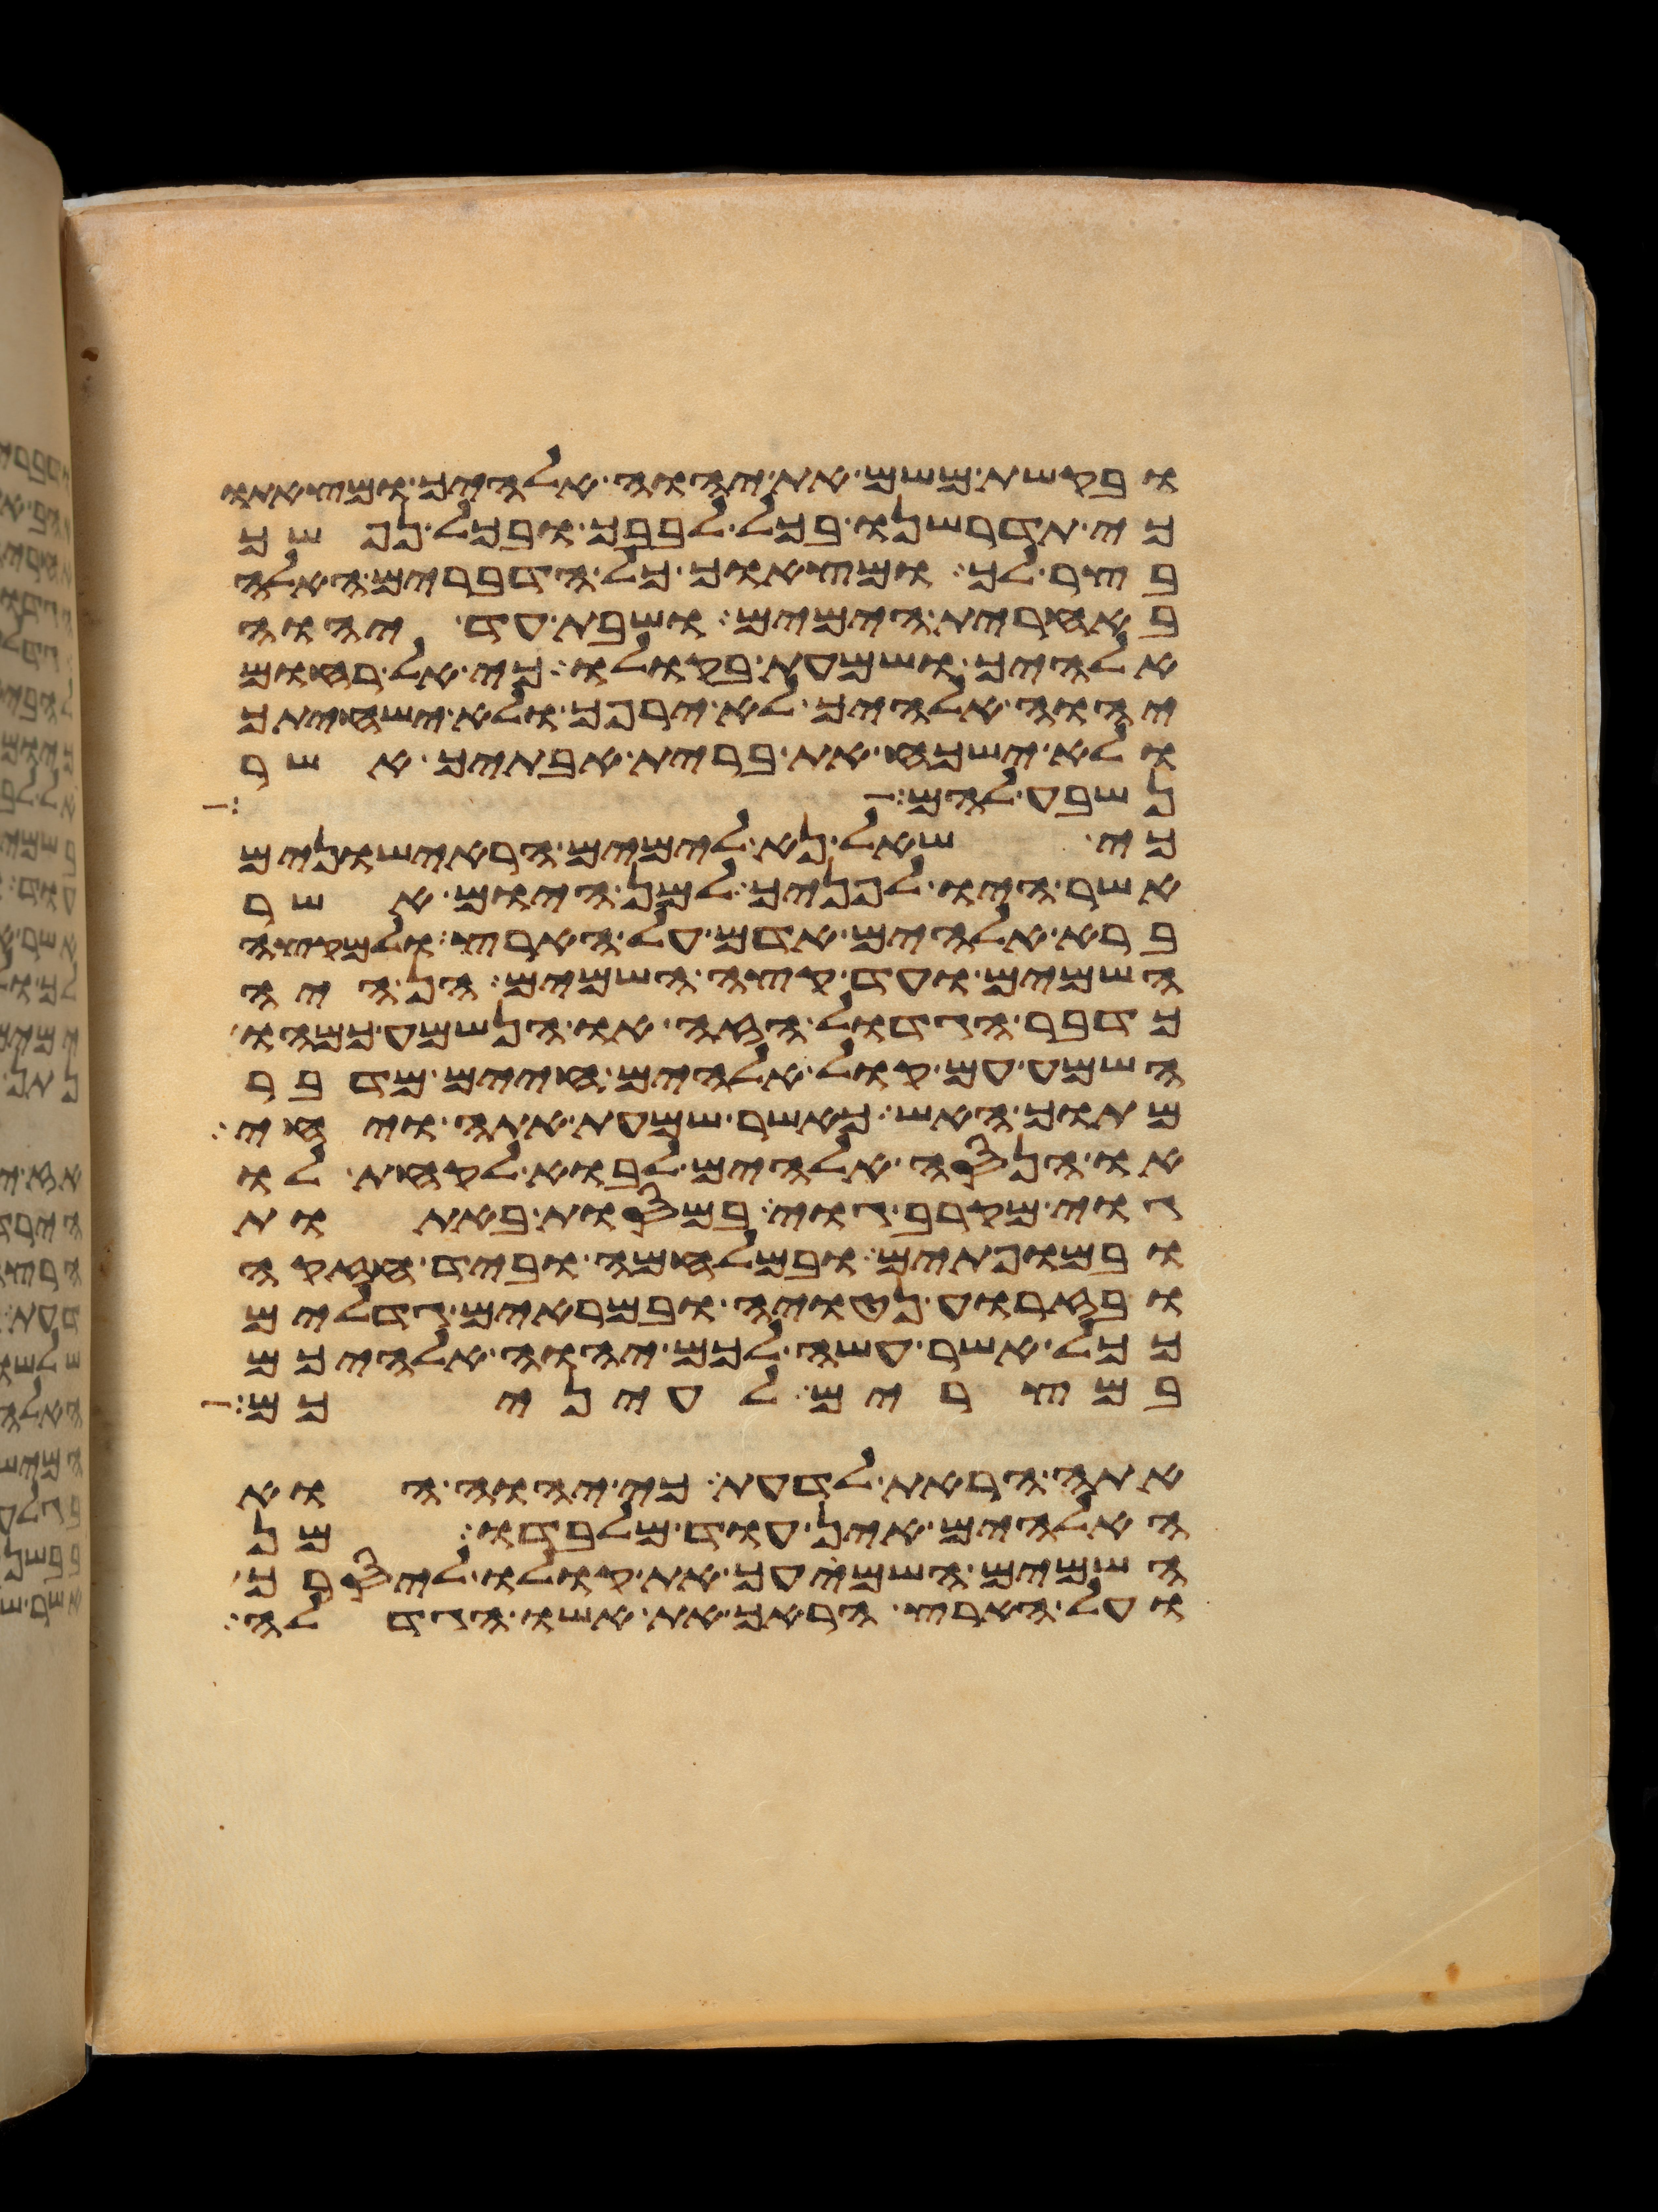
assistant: ובקשת משם את יהוה אלהיך ומצאתו
כי תדרשנו בכל לבבך ובכל נפשך
בצר לך ומצאוך כל הדברים האלה
באחרית הימים ושבת עד יהוה
אלהיך ושמעת בקולו כי אל רחום
יהוה אלהיך לא ירפך ולא ישחיתך
ולא ישכח את ברית אבתיך אשר
נשבע להם
כי שאל נא לימים הראישונים
אשר היו לפניך למן היום אשר
ברא אלהים אדם על הארץ ולמקצה
השמים ועד קצה השמים הן היה
כדבר הגדול הזה או הנשמע כמהו
השמע עם קול אלהים חיים מדבר
מתוך האש כאשר שמעת אתה ויחי
או הנסה אלהים לבוא לקחת לו
גוי מקרב גוי במסות באתות
ובמופתים ובמלחמה וביד חזקה
ובזרוע נטויה ובמראים גדלים
ככל אשר עשה לכם יהוה אלהיכם
במצרים לעיניכם
אתה הראת לדעת כי יהוה הוא
האלהים אין עוד מלבדו מן
השמים השמיעך את קולו ליסרך
ועל הארץ הראך את אשו הגדלה